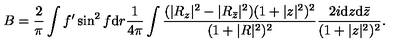
B = \frac { 2 } { \pi } \int f ^ { \prime } \sin ^ { 2 } f \mathrm { d } r \frac { 1 } { 4 \pi } \int \frac { ( | R _ { z } | ^ { 2 } - | R _ { { \bar { z } } } | ^ { 2 } ) ( 1 + | z | ^ { 2 } ) ^ { 2 } } { ( 1 + | R | ^ { 2 } ) ^ { 2 } } \frac { 2 i \mathrm { d } z \mathrm { d } { \bar { z } } } { ( 1 + | z | ^ { 2 } ) ^ { 2 } } .